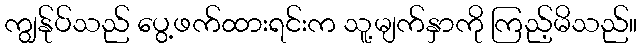
ကျွန်ုပ်သည် ပွေ့ဖက်ထားရင်းက သူ့မျက်နှာကို ကြည့်မိသည်။